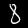
Digit: 8